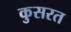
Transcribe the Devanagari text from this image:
कुसरत